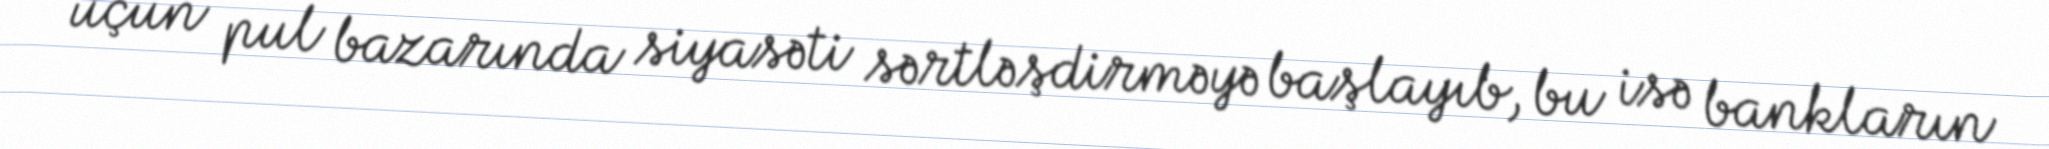
üçün pul bazarında siyasəti sərtləşdirməyə başlayıb, bu isə bankların